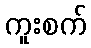
ကူးစက်